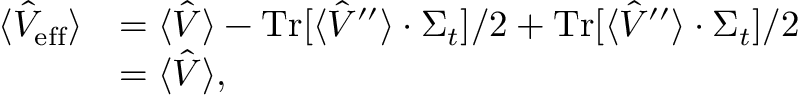
\begin{array} { r l } { \langle \hat { V } _ { \mathrm { e f f } } \rangle } & { = \langle \hat { V } \rangle - \operatorname { T r } [ \langle \hat { V } ^ { \prime \prime } \rangle \cdot \Sigma _ { t } ] / 2 + \operatorname { T r } [ \langle \hat { V } ^ { \prime \prime } \rangle \cdot \Sigma _ { t } ] / 2 } \\ & { = \langle \hat { V } \rangle , } \end{array}